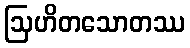
ဩဟိတသောတဿ